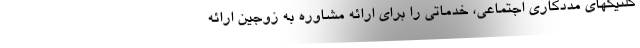
کلنیکهای مددکاری اجتماعی، خدماتی را برای ارائه مشاوره به زوجین ارائه